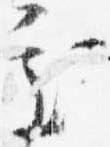
処